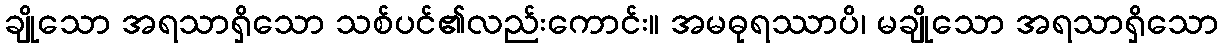
ချိုသော အရသာရှိသော သစ်ပင်၏လည်းကောင်း။ အမဓုရဿာပိ၊ မချိုသော အရသာရှိသော